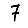
Digit: 7